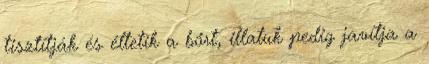
tisztítják és éltetik a bőrt, illatuk pedig javítja a